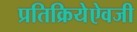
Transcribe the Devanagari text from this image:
प्रतिक्रियेऐवजी